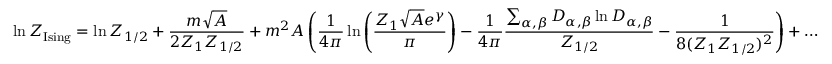
\ln Z _ { \mathrm { I s i n g } } = \ln Z _ { 1 / 2 } + { \frac { m \sqrt { A } } { 2 Z _ { 1 } Z _ { 1 / 2 } } } + m ^ { 2 } A \left( { \frac { 1 } { 4 \pi } } \ln \left( \frac { Z _ { 1 } \sqrt { A } e ^ { \gamma } } { \pi } \right) - { \frac { 1 } { 4 \pi } } { \frac { \sum _ { \alpha , \beta } D _ { \alpha , \beta } \ln D _ { \alpha , \beta } } { Z _ { 1 / 2 } } } - { \frac { 1 } { 8 ( Z _ { 1 } Z _ { 1 / 2 } ) ^ { 2 } } } \right) + \ldots